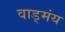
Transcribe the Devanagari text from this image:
वाड्मंय